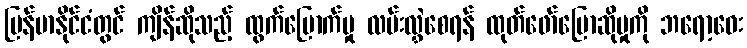
မြန်မာနိုင်ငံတွင် ကျိန်ဆိုသည့် ထွက်မြောက်မှု လမ်းလွှဲစေရန် ထုတ်ဖော်ပြောဆိုမှုကို ဘရော့ဝေး